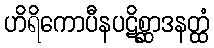
ဟိရိကောပီနပဋိစ္ဆာဒနတ္ထံ